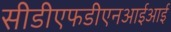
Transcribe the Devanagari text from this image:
सीडीएफडीएनआईआई